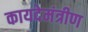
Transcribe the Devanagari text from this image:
कायदेमंत्रीण